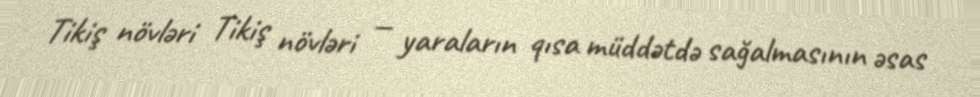
Tikiş növləri Tikiş növləri — yaraların qısa müddətdə sağalmasının əsas